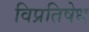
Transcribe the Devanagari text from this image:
विप्रतिषेध